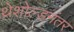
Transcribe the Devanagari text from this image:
थ्रेशोल्डनंतर